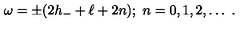
\omega = \pm ( 2 h _ { - } + \ell + 2 n ) ; \ n = 0 , 1 , 2 , \ldots \ .